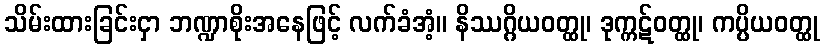
သိမ်းထားခြင်းငှာ ဘဏ္ဍာစိုးအနေဖြင့် လက်ခံအံ့။ နိဿဂ္ဂိယဝတ္ထု၊ ဒုက္ကဋ်ဝတ္ထု၊ ကပ္ပိယဝတ္ထု